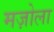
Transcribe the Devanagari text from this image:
मज़ोला